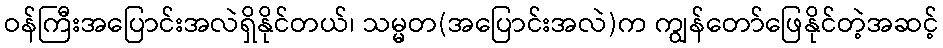
ဝန်ကြီးအပြောင်းအလဲရှိနိုင်တယ်၊ သမ္မတ(အပြောင်းအလဲ)က ကျွန်တော်ဖြေနိုင်တဲ့အဆင့်